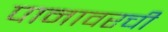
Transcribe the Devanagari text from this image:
पानावरची